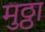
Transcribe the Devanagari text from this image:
मुठ्ठा